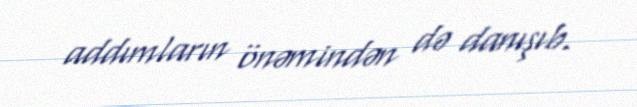
addımların önəmindən də danışıb.